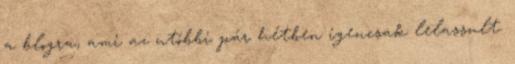
a blogra, ami az utóbbi pár hétben igencsak lelassult.